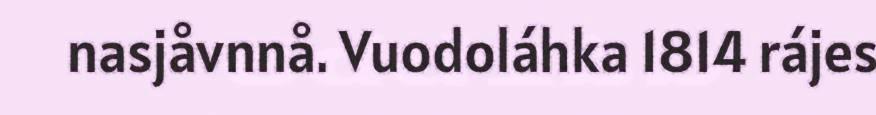
nasjåvnnå. Vuodoláhka 1814 rájes